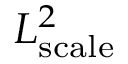
L _ { \mathrm { s c a l e } } ^ { 2 }